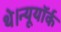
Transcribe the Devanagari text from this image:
थे।न्यूयॉर्क